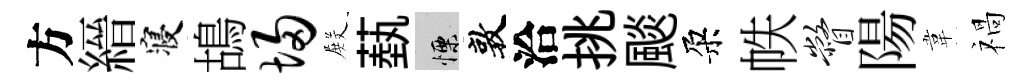
方縉寝鴣埽𭮺蓺慄敦洽挑颷朶帙瞥陽韋禍